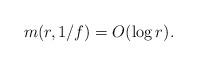
LaTeX: \begin{align*} m(r,1/f)=O(\log r). \end{align*}